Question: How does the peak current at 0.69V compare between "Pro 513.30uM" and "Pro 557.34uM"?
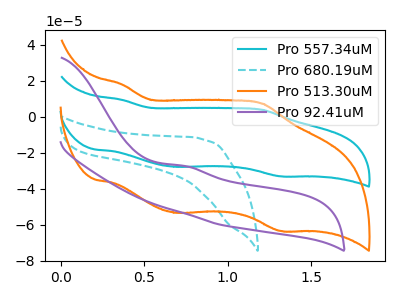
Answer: <think>The cyan curve "Pro 557.34uM" has anodic peaks at (0.35V, 9.35uA) (1.20V, 3.80uA) and cathodic peaks at (0.70V, -27.85uA) (1.30V, -33.10uA). The cyan dashed curve "Pro 680.19uM" has no peaks. The orange curve "Pro 513.30uM" has anodic peaks at (0.35V, 17.90uA) (1.20V, 7.25uA) and cathodic peaks at (0.70V, -53.35uA) (1.30V, -63.45uA). The purple curve "Pro 92.41uM" has an anodic peak at: (0.75V, -27.30uA).</think>
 <answer>The peak at 0.69V is higher in "Pro 513.30uM" than in "Pro 557.34uM".</answer>
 <eval>higher</eval>